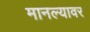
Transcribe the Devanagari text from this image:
मानल्यावर